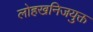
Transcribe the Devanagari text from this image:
लोहखनिजयुक्त